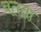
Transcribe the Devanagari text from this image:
बतता